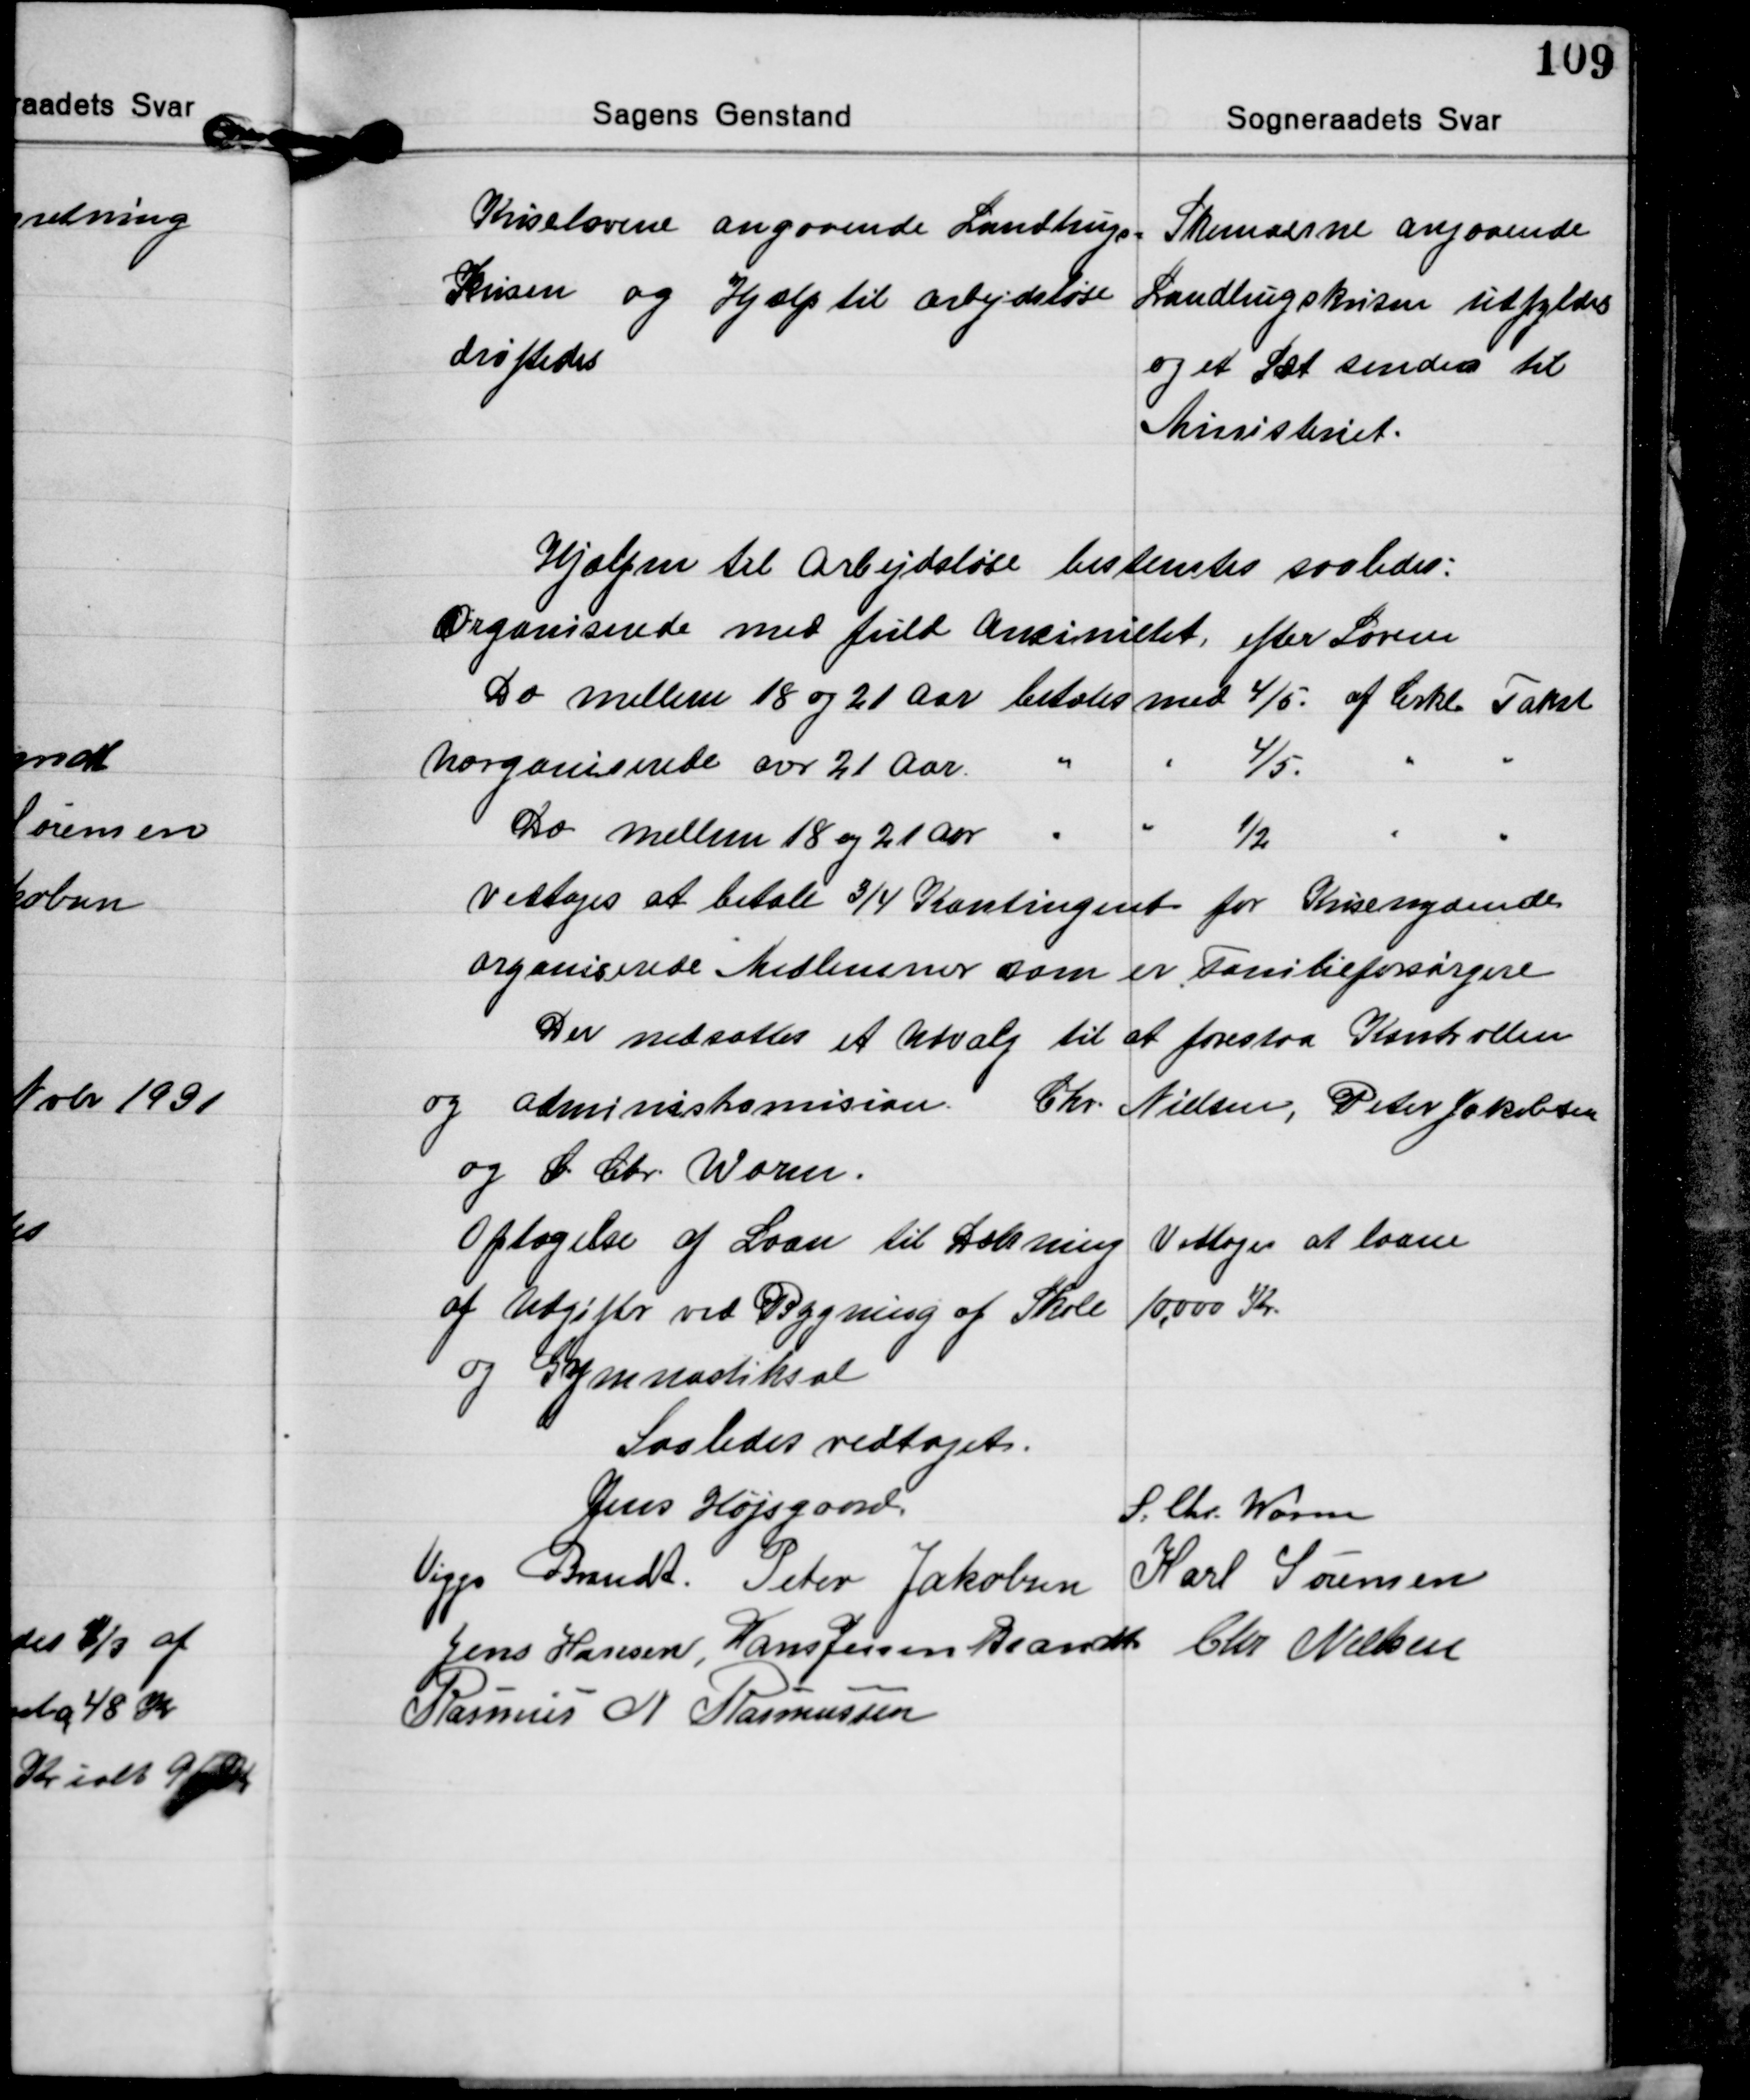
Transskription:
Kriselovene angaaende Landbrug.
Krisen og Hjælp til arbejdsløse
drøfedes

Skemaerne angaaende
Landbrugskrisen udfyldes
og et Sæt sendes til
Ministeriet.

Hjælpen til Arbejdsløse bestemtes saaledes:
Organiserede med fuld Ansinitet, efter Loven
Do mellem 18 og 21 Aar betales med 4/5 af Cirkl. Takst
Uorganiserede over 21 Aar " " 4/5 " "
Do mellem 18 og 21 Aar " " ½ " "
Vedtoges at betale 3/4 Kontingent for Krisenydende
organiserede Medlemmer som er Familieforsørgere
Der nedsættes et Udvalg til at forestaa Kontrollen
og administramision. Chr. Nielsen, Peter Jakobsen
og S. Chr. Worm.
Optagelse af Laan til Dækning Vedtoges at laane
af Udgifter ved Bygning af Skole 10.000 Kr
og Gymnastiksal

Saaledes vedtaget.
Jens Højsgaard
S. Chr. Worm
Viggo Brandt Peter Jakobsen Karl Sørensen
Jens Hansen Hans Jessen Brandt Chr. Nielsen
Rasmus N. Rasmussen